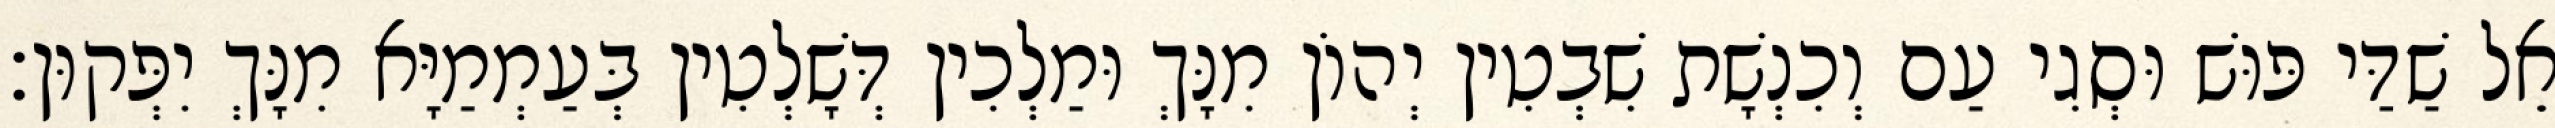
אֵל שַׁדַּי פּוּשׁ וּסְגִי עַם וְכִנְשָׁת שִׁבְטִין יְהוֹן מִנָּךְ וּמַלְכִין דְּשָׁלְטִין בְּעַמְמַיָּא מִנָּךְ יִפְּקוּן׃